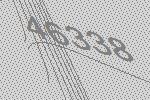
46338